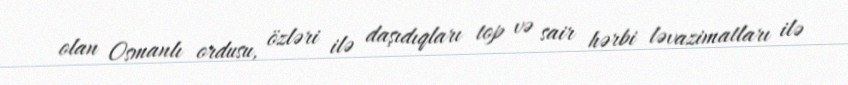
olan Osmanlı ordusu, özləri ilə daşıdıqları top və sair hərbi ləvazimatları ilə